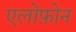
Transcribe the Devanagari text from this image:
एलोफ़ोन